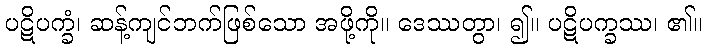
ပဋိပက္ခံ၊ ဆန့်ကျင်ဘက်ဖြစ်သော အဖို့ကို။ ဒေဿတွာ၊ ၍။ ပဋိပက္ခဿ၊ ၏။